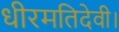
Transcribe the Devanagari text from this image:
धीरमतिदेवी।